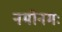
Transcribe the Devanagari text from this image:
नमोनमः